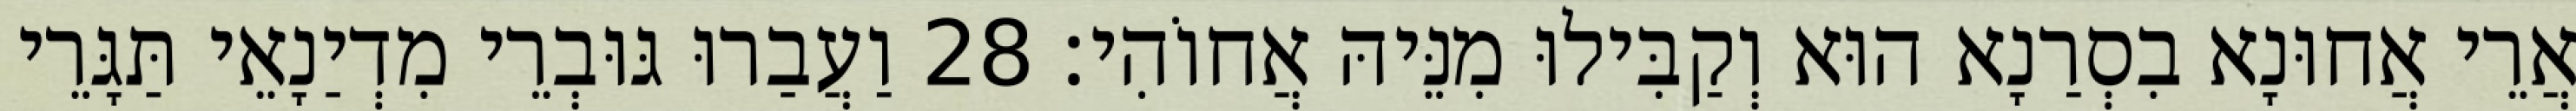
אֲרֵי אֲחוּנָא בִסְרַנָא הוּא וְקַבִּילוּ מִנֵּיהּ אֲחוֹהִי׃ 28 וַעֲבַרוּ גּוּבְרֵי מִדְיַנָאֵי תַּגָּרֵי